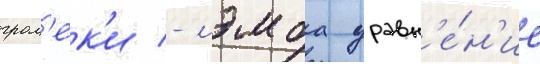
гром'ек'и - лэмба уравн'е́н'ие